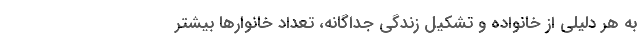
به هر دلیلی از خانواده و تشکیل زندگی جداگانه، تعداد خانوارها بیشتر